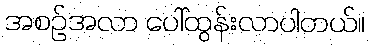
အစဉ်အလာ ပေါ်ထွန်းလာပါတယ်။